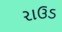
રાઉડ